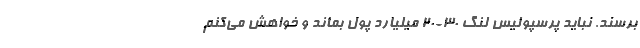
برسند. نباید پرسپولیس لنگ 30-20 میلیارد پول بماند و خواهش می‌‌کنم